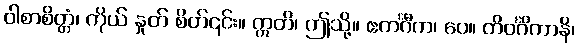
ဝါစာစိတ္တံ၊ ကိုယ် နှုတ် စိတ်၎င်း။ ဣတိ၊ ဤသို့။ ဧကင်္ဂီက၊ ပေ။ တိဝင်္ဂိကာနိ၊